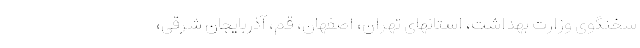
سخنگوی وزارت بهداشت، استانهای تهران، اصفهان، قم، آذربایجان شرقی،